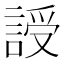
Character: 䛵